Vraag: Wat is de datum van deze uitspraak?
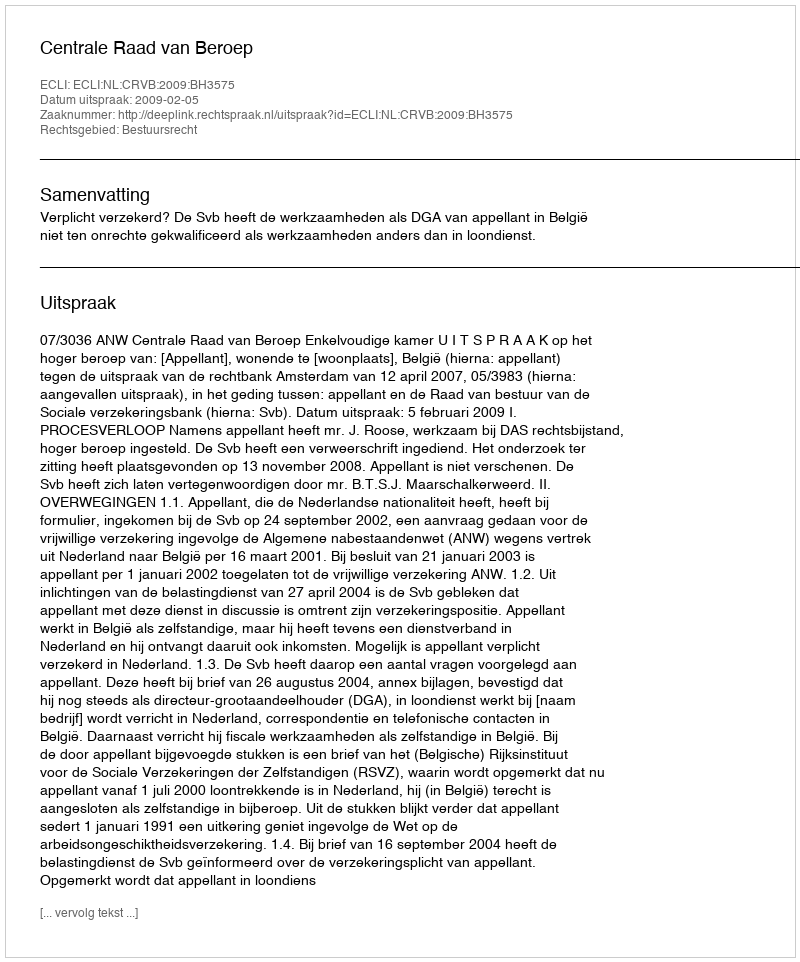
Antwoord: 2009-02-05